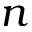
n